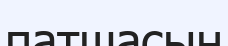
патшасын